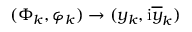
( \Phi _ { k } , \varphi _ { k } ) \rightarrow ( y _ { k } , \mathrm { i } \overline { { y } } _ { k } )